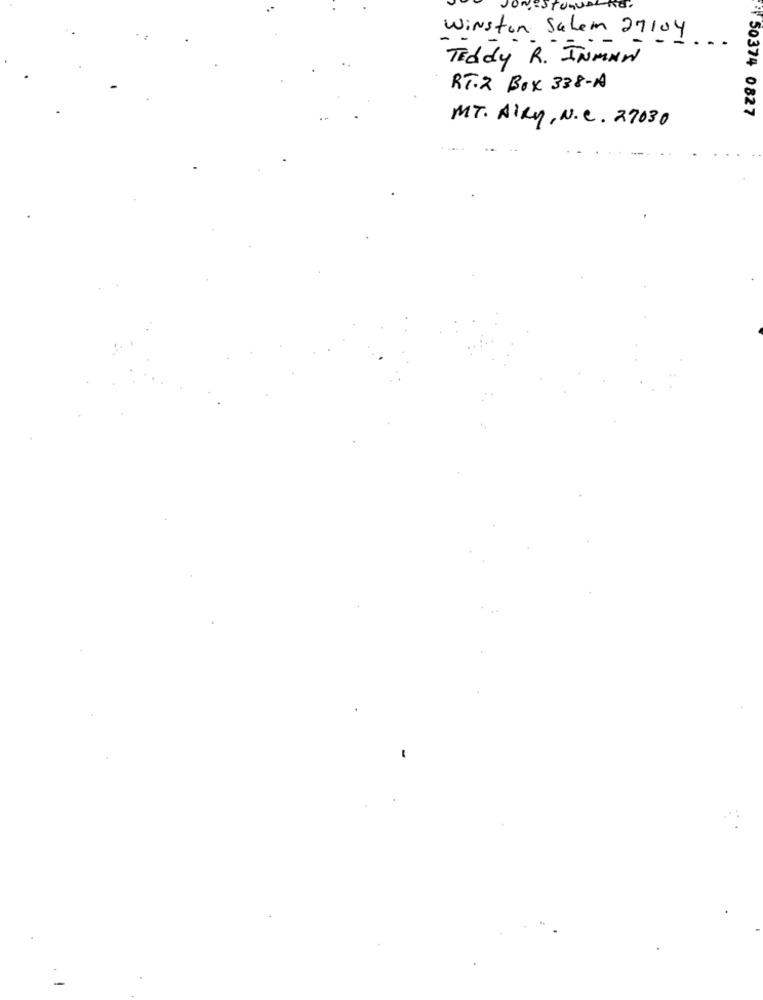
stenus
Winston Salem 27104
Teddy R . INMAN
RT.2 BOX 338-A
50374 0827
MT. Airy, N.C. 27030